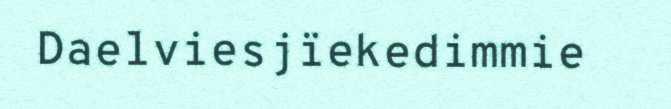
Daelviesjïekedimmie